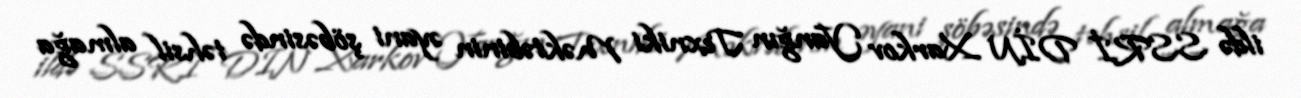
ildə SSRİ DİN Xarkov Yanğın Texniki Məktəbinin əyani şöbəsində təhsil almağa